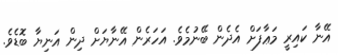
އޭނާ ކައިރީ މަޢާފަށް އެދެން ބޭނުމެވެ. އަހަރެން އޭނާޔަށް ދިން އަނިޔާ ބޮޑެވެ.